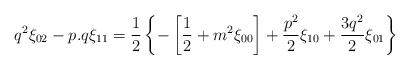
LaTeX: \begin{align*}q^2\xi_{02} - p.q\xi_{11} = {1\over 2}\left\{-\left[{1\over 2} + m^2 \xi_{00}\right] + {p^2\over 2} \xi_{10} + {3q^2\over 2} \xi_{01}\right\}\end{align*}